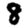
Digit: 8